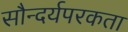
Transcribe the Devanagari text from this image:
सौन्दर्यपरकता